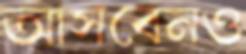
আসবেনও